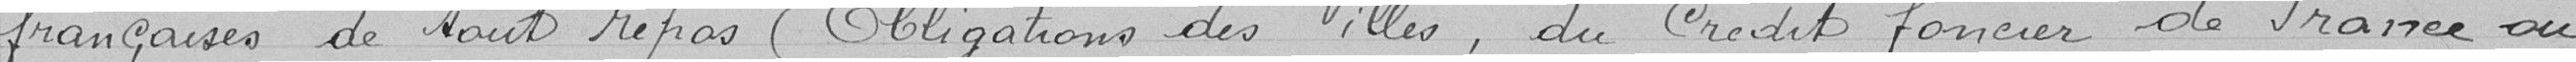
françaises de tout repos (obligations des villes, du crédit foncier de France ou